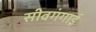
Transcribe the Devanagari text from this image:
सीवगंगाई